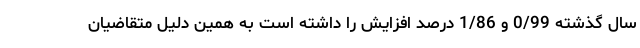
سال گذشته 0/99 و 1/86 درصد افزایش را داشته است به همین دلیل متقاضیان